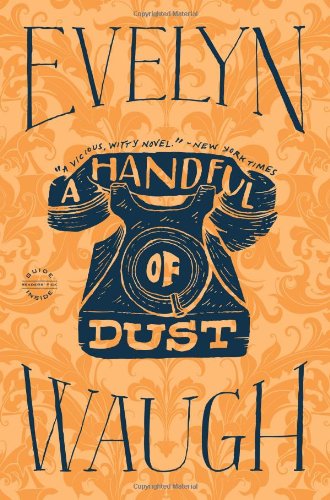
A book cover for A Handful of Dust; Evelyn Waugh; Literature & Fiction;